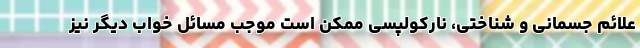
علائم جسمانی و شناختی، نارکولپسی ممکن است موجب مسائل خواب دیگر نیز